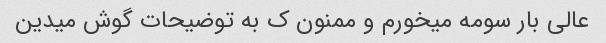
عالی بار سومه میخورم و ممنون ک به توضیحات گوش میدین